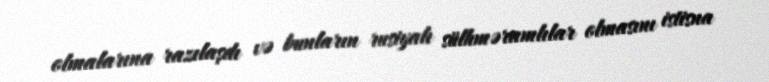
olmalarına razılaşdı və bunların rusiyalı sülhməramlılar olmasını istisna